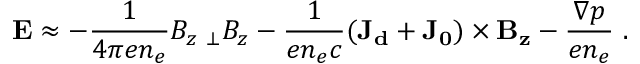
\mathbf { E } \approx - \frac { 1 } { 4 \pi e n _ { e } } B _ { z } \mathbf { \nabla _ { \bot } } B _ { z } - \frac { 1 } { e n _ { e } c } ( \mathbf { J _ { d } } + \mathbf { J _ { 0 } } ) \times \mathbf { B _ { z } } - \frac { \nabla p } { e n _ { e } } \ .